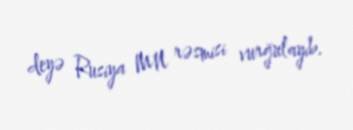
deyə Rusiya MN rəsmisi vurğulayıb.